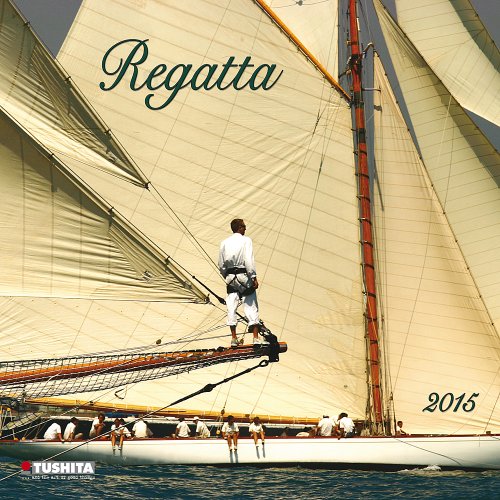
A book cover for Regatta (Wonderful World); Tushita Publishing; Calendars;